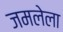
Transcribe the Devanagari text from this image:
जमलेला